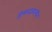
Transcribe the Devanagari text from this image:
हिमनदकालीन